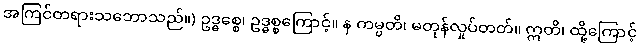
အကြင်တရားသဘောသည်။) ဥဒ္ဓစ္စေ၊ ဥဒ္ဓစ္စကြောင့်။ န ကမ္ပတိ၊ မတုန်လှုပ်တတ်။ ဣတိ၊ ထို့ကြောင့်